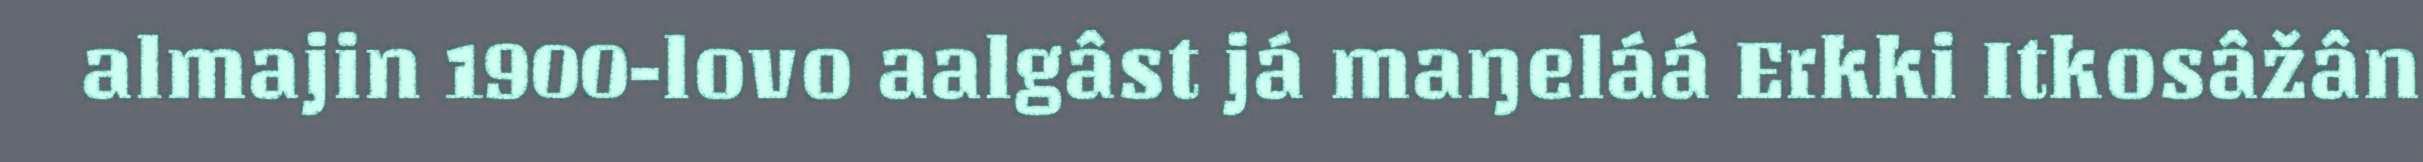
almajin 1900-lovo aalgâst já maŋeláá Erkki Itkosâžân